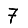
Digit: 7